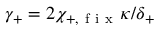
\gamma _ { + } = 2 \chi _ { + , \mathrm { ~ f ~ i ~ x ~ } } \kappa / \delta _ { + }